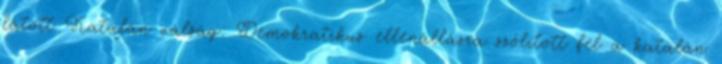
látott Katalán válság: Demokratikus ellenállásra szólított fel a katalán